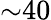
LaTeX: {\sim}40